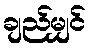
ချည်မျှင်